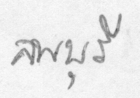
ลพบุรี